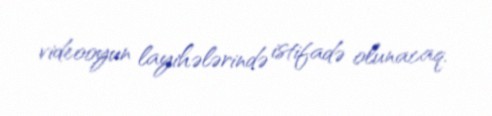
videooyun layihələrində istifadə olunacaq.